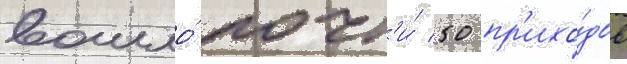
вошло́ почт'и́ 50 пр'ихо́дов